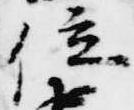
位